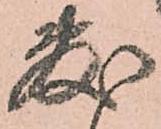
敷